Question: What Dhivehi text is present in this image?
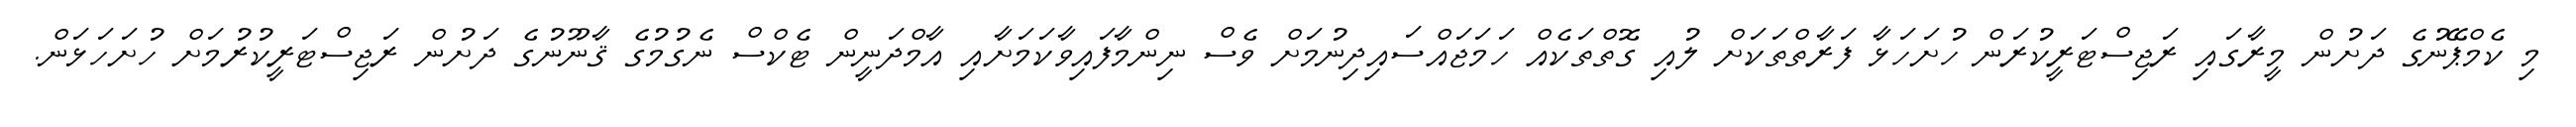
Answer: މި ކެމްޕޭނުގެ ދަށުން މީރާގައި ރަޖިސްޓަރީކުރަން ހުށަހަޅާ ފަރާތްތަކަށް ލުއި ގޮތްތަކެއް ހަމަޖައްސައިދިނުމަށް ވެސް ނިންމާފައިވާކަމަށާއި އާމްދަނީން ޓެކްސް ނެގުމުގެ ޤާނޫނުގެ ދަށުން ރަޖިސްޓަރީކުރުމަށް ހުށަހަޅަން.